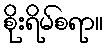
စိုးရိမ်စရာ။